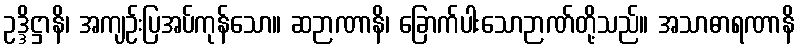
ဥဒ္ဒိဋ္ဌာနိ၊ အကျဉ်းပြအပ်ကုန်သော။ ဆဉာဏာနိ၊ ခြောက်ပါးသောဉာဏ်တို့သည်။ အသာဓာရဏာနိ